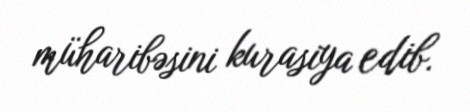
müharibəsini kurasiya edib.